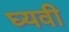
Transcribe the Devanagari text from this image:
घ्यवी